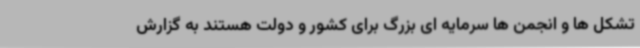
تشکل ها و انجمن ها سرمایه ای بزرگ برای کشور و دولت هستند به گزارش